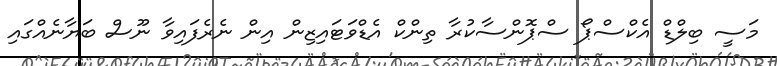
މަސީ ބިލްޑް އެކްސްޕޯ ސްޕޮންސާކުރާ ތިންކް އެޑްވަޓައިޒިން އިން ނެރެފައިވާ ނޫސް ބަޔާނެއްގައި